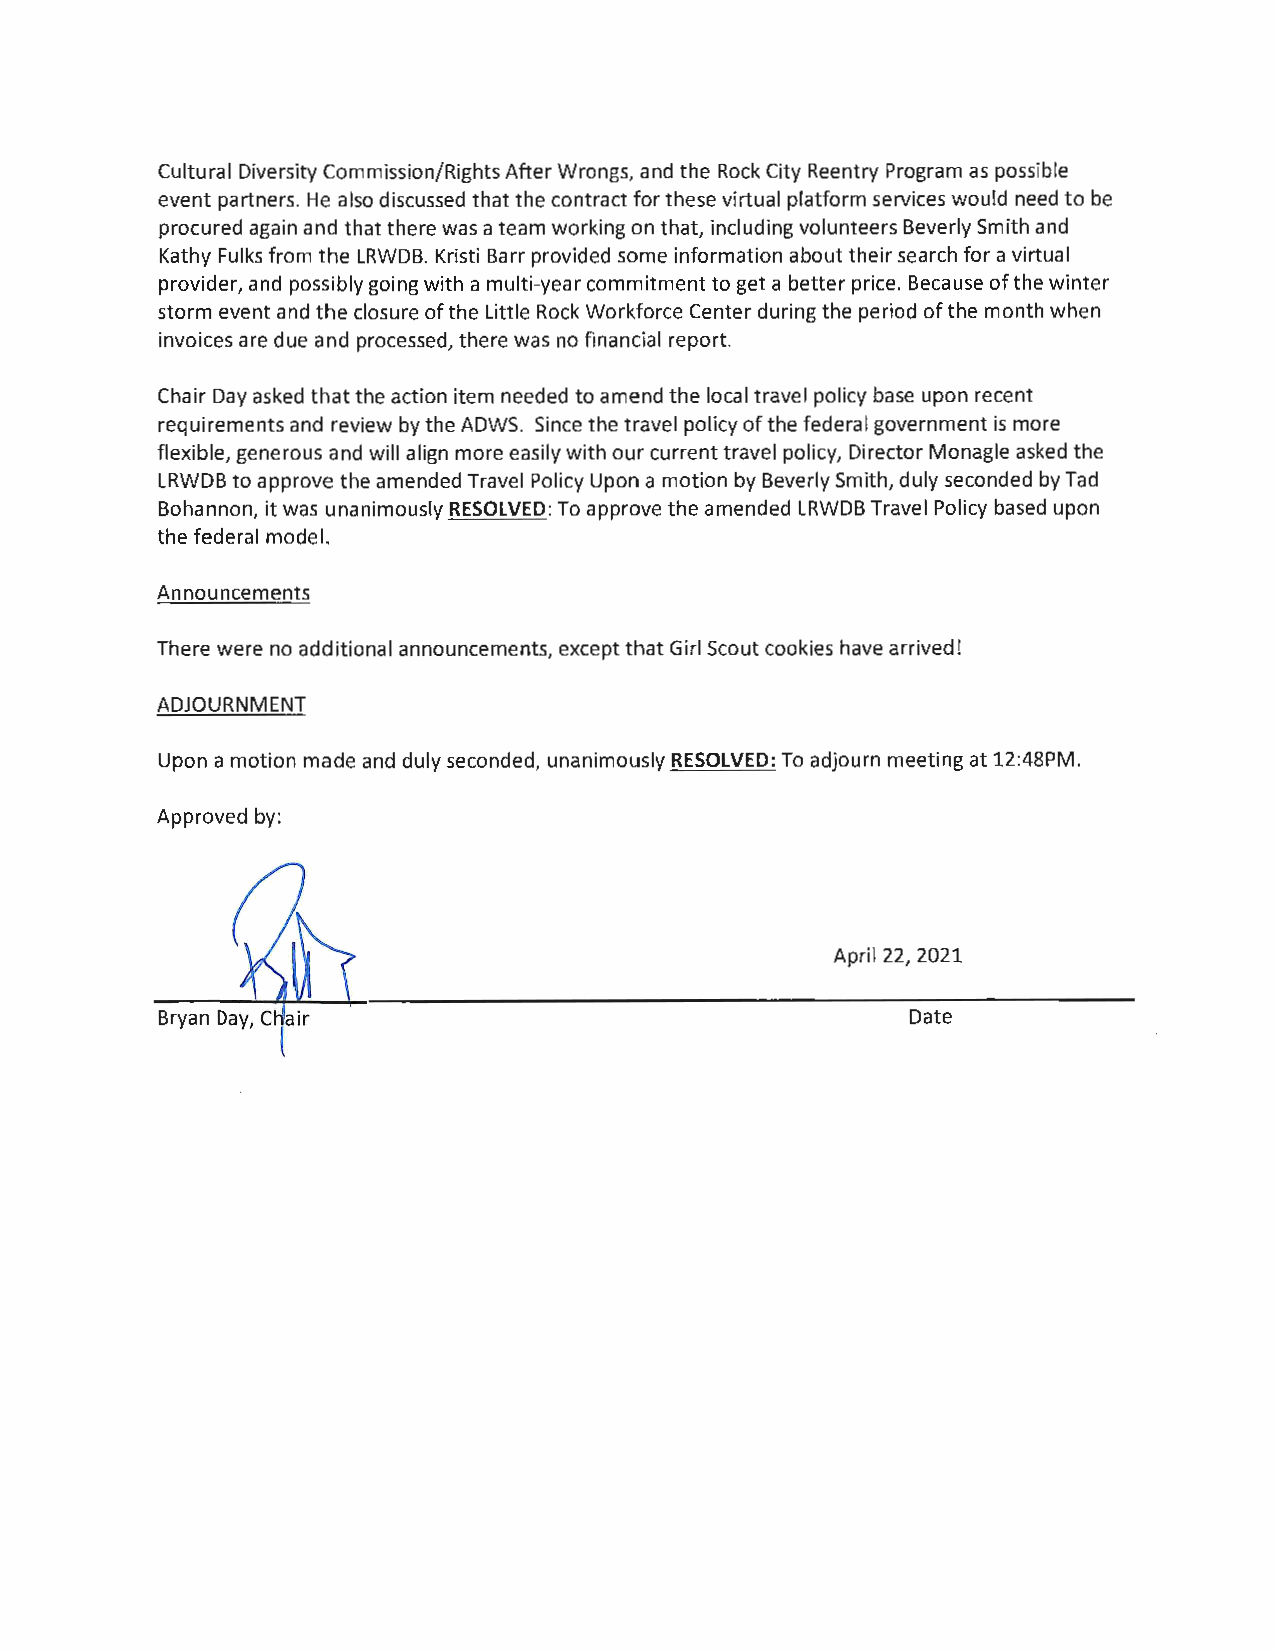
Cultural Diversity Commission/Rights After Wrongs, and the Rock City Reentry Program as possible
 event partners. He also discussed that the contract for these virtual platform services would need to be
 procured again and that there was a team working on that, including volunteers Beverly Smith and
 Kathy Fulks from the LRWDB. Kristi Barr provided some information about their search for a virtual
 provider, and possibly going with a multi-year commitment to get a better price. Because of the winter
 storm event and the closure of the Little Rock Workforce Center during the period of the month when
 invoices are due and processed, there was no financial report.
 Chair Day asked that the action item needed to amend the local travel policy base upon recent
 requirements and review by the ADWS. Since the travel policy of the federal government is more
 flexible, generous and will align more easily with our current travel policy, Director Monagle asked the
 LRWDB to approve the amended Travel Policy Upon a motion by Beverly Smith, duly seconded by Tad
 Bohannon, it was unanimously RESOLVED: To approve the amended LRWDB Travel Policy based upon
 the federal model.
 Announcements
 There were no additional announcements, except that Girl Scout cookies have arrived!
 ADJOURNMENT
 Upon a motion made and duly seconded, unanimously RESOLVED: To adjourn meeting at 12:48PM.
 Approved by:
 April 22, 2021
 Date